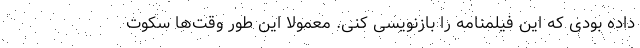
داده بودی که این فیلمنامه را بازنویسی کنی. معمولا این طور وقت‌ها سکوت